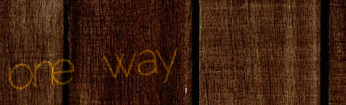
one way